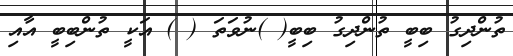
ތުންދިގު ބިބީ ތުންދިގު ބިބީ( )ނުވަތަ ( ) އަކީ ތުންބިބީ އާއި